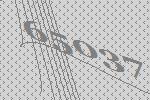
65037